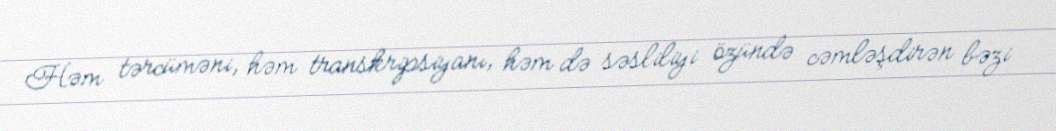
Həm tərcüməni, həm transkripsiyanı, həm də səsliliyi özündə cəmləşdirən bəzi